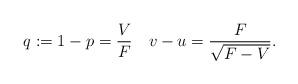
LaTeX: \begin{align*}q:=1-p=\frac VF\quad v-u= \frac F{\sqrt{F-V}}. \end{align*}